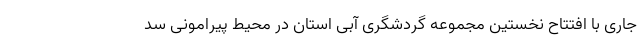
جاری با افتتاح نخستین مجموعه گردشگری آبی استان در محیط پیرامونی سد